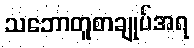
သဘောတူစာချုပ်အရ